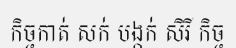
កិច្ចកាត់ សក់ បង្កក់ សិរី កិច្ច